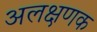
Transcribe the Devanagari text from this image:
अलक्षणक